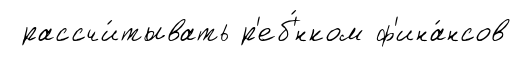
рассчи́тывать р'еб'́нком ф'ина́нсов